Report on the working of the mental hospitals for Indians in Bihar and Orissa - 1925-1929
Year: 1925
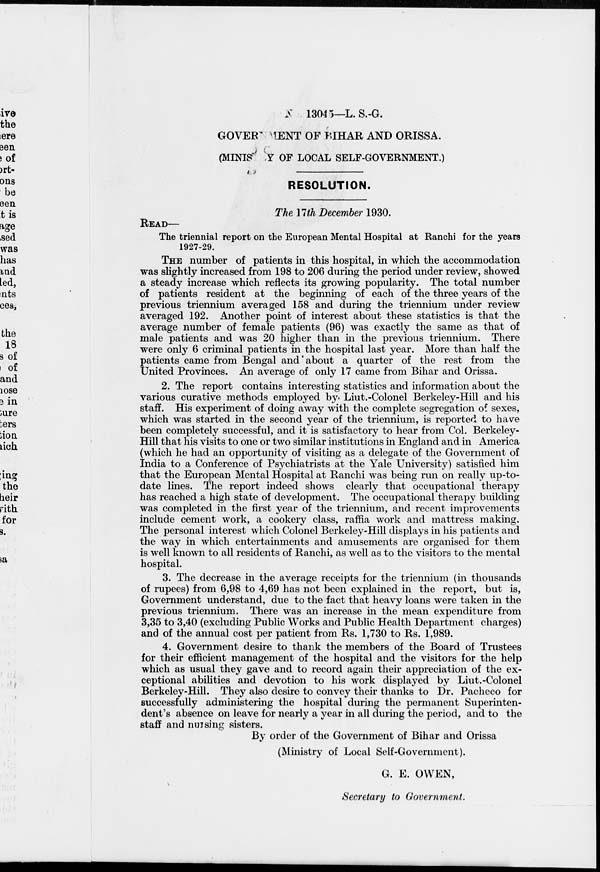
No. 13045—L.S.-G.
GOVERNMENT OF BIHAR AND ORISSA.
(MINISTRY OF LOCAL SELF-GOVERNMENT.)
RESOLUTION.
The 17th December 1930.
READ—
The triennial report on the European Mental Hospital at Ranchi for the years
1927-29.
THE number of patients in this hospital, in which the accommodation
was slightly increased from 198 to 206 during the period under review, showed
a steady increase which reflects its growing popularity. The total number
of patients resident at the beginning of each of the three years of the
previous triennium averaged 158 and during the triennium under review
averaged 192. Another point of interest about these statistics is that the
average number of female patients (96) was exactly the same as that of
male patients and was 20 higher than in the previous triennium. There
were only 6 criminal patients in the hospital last year. More than half the
patients came from Bengal and about a quarter of the rest from the
United Provinces. An average of only 17 came from Bihar and Orissa.
2. The report contains interesting statistics and information about the
various curative methods employed by. Liut.-Colonel Berkeley-Hill and his
staff. His experiment of doing away with the complete segregation of sexes,
which was started in the second year of the triennium, is reported to have
been completely successful, and it is satisfactory to hear from Col. Berkeley-
Hill that his visits to one or two similar institutions in England and in America
(which he had an opportunity of visiting as a delegate of the Government of
India to a Conference of Psychiatrists at the Yale University) satisfied him
that the European Mental Hospital at Ranchi was being run on really up-to-
date lines. The report indeed shows clearly that occupational therapy
has reached a high state of development. The occupational therapy building
was completed in the first year of the triennium, and recent improvements
include cement work, a cookery class, raffia work and mattress making.
The personal interest which Colonel Berkeley-Hill displays in his patients and
the way in which entertainments and amusements are organised for them
is well known to all residents of Ranchi, as well as to the visitors to the mental
hospital.
3. The decrease in the average receipts for the triennium (in thousands
of rupees) from 6,98 to 4,69 has not been explained in the report, but is,
Government understand, due to the fact that heavy loans were taken in the
previous triennium. There was an increase in the mean expenditure from
3,35 to 3,40 (excluding Public Works and Public Health Department charges)
and of the annual cost per patient from Rs. 1,730 to Rs. 1,989.
4. Government desire to thank the members of the Board of Trustees
for their efficient management of the hospital and the visitors for the help
which as usual they gave and to record again their appreciation of the ex-
ceptional abilities and devotion to his work displayed by Liut.-Colonel
Berkeley-Hill. They also desire to convey their thanks to Dr. Pacheco for
successfully administering the hospital during the permanent Superinten-
dent's absence on leave for nearly a year in all during the period, and to the
staff and nursing sisters.
By order of the Government of Bihar and Orissa
(Ministry of Local Self-Government).
G. E. OWEN,
Secretary to Government.